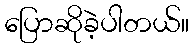
ပြောဆိုခဲ့ပါတယ်။